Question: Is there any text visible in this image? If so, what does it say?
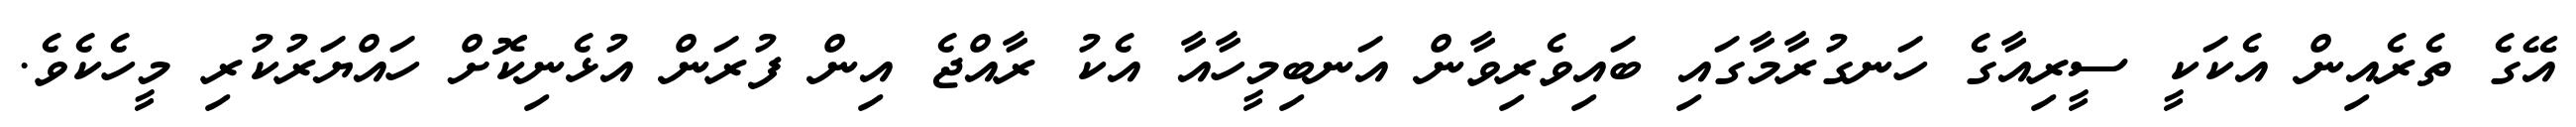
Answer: އޭގެ ތެރެއިން އެކަކީ ސީރިއާގެ ހަނގުރާމާގައި ބައިވެރިވާން އަނބިމީހާއާ އެކު ރާއްޖެ އިން ފުރަން އުޅެނިކޮށް ހައްޔަރުކުރި މީހެކެވެ.